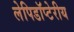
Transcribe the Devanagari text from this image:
लेपिडॉप्टेरीय